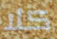
كلا